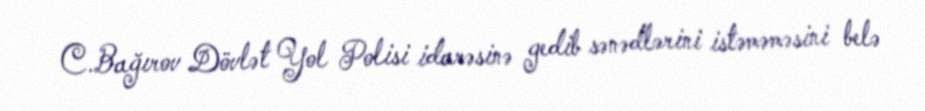
C.Bağırov Dövlət Yol Polisi idarəsinə gedib sənədlərini istəməməsini belə